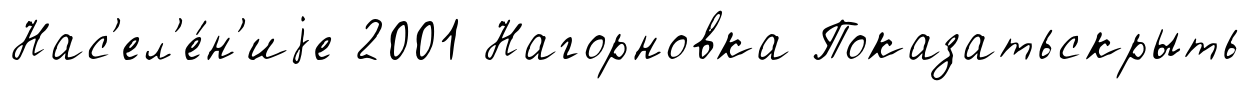
Нас'ел'е́н'иjе 2001 Нагорновка Показатьскрыть